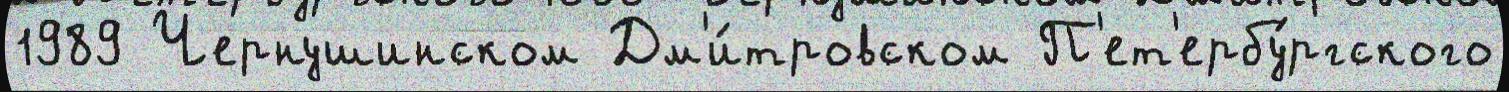
1989 Чернушинском Дм'и́тровском П'ет'ербу́ргского